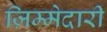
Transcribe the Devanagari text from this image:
ज़िम्मेदारी